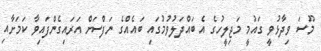
މޫސަ ވިދާޅުވީ ގައުމީ މަޖިލީހުގެ އެ ބައްދަލުވުމުގައި ބައެއްގެ ނަފްސަށް އަރައިގެންފައިވާ ކަމަށާއި